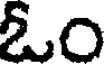
ఓం